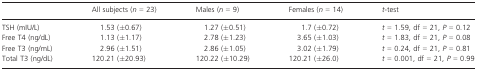
|  | All subjects (n = 23) | Males (n = 9) | Females (n = 14) | t-test |
 | --- | --- | --- | --- | --- |
 | TSH (mIU/L) | 1.53 (±0.67) | 1.27 (±0.51) | 1.7 (±0.72) | t = 1.59, df = 21, P = 0.12 |
 | Free T4 (ng/dL) | 1.13 (±1.17) | 2.78 (±1.23) | 3.65 (±1.03) | t = 1.83, df = 21, P = 0.08 |
 | Free T3 (ng/mL) | 2.96 (±1.51) | 2.86 (±1.05) | 3.02 (±1.79) | t = 0.24, df = 21, P = 0.81 |
 | Total T3 (ng/dL) | 120.21 (±20.93) | 120.22 (±10.29) | 120.21 (±26.0) | t = 0.001, df = 21, P = 0.99 |